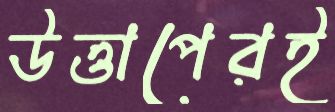
উত্তাপেরই